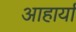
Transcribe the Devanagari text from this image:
आहार्या